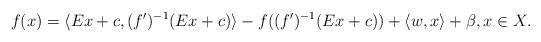
LaTeX: \begin{align*}f(x)=\langle Ex+c,(f')^{-1}(Ex+c)\rangle-f((f')^{-1}(Ex+c))+\langle w,x\rangle+\beta,x\in X.\end{align*}